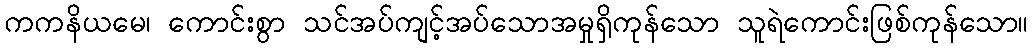
ကကနိယမေ၊ ကောင်းစွာ သင်အပ်ကျင့်အပ်သောအမှုရှိကုန်သော သူရဲကောင်းဖြစ်ကုန်သော။